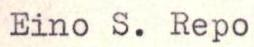
Eino S. Repo